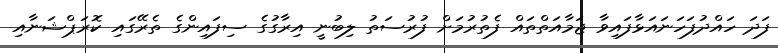
ފަދަ ހައްދުފަހަނައަޅާފައިވާ ޖަމާއަތްތައް ފެތުރުމަށް ފުރުސަތު ލިބުނީ އިރާގުގެ ސިފައިންގެ ތެރޭގައި ކޮރަޕްޝަނާއި